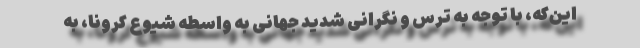
این‌که، با توجه به ترس و نگرانی شدید جهانی به واسطه شیوع کرونا، به